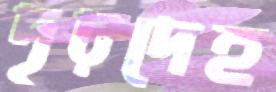
দৃঢ়দেহ